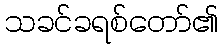
သခင်ခရစ်တော်၏